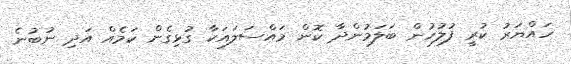
ހައްޔަރު ކުރީ ފުލުހުން ބަލަމުންދާ ކޮން މައްސަލައަކާ ގުޅިގެން ކަމެއް އަދި ނުބުނެ